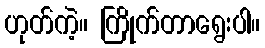
ဟုတ်ကဲ့။ ကြိုက်တာရွေးပါ။